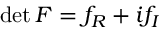
\operatorname* { d e t } F = f _ { R } + i f _ { I }